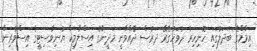
އިމާމްގެ ބަދަލުގައި ހޮނިހިރު ދުވަހުގެރޭ ދަރުސް ދެއްވާނީ މަދީނާގެ އިސްލާމިކް ޔުނިވާސިޓީގެ އިސްވެރިން